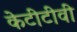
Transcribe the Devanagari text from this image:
केटीटीवी